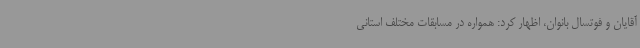
آقایان و فوتسال بانوان، اظهار کرد: همواره در مسابقات مختلف استانی